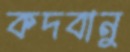
কদবানু